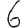
Digit: 6